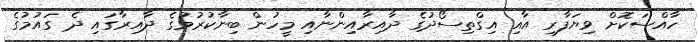
ހާއްސަކޮށް ވިޔަފާރި އާއި އިގްތިސޯދުގެ ދާއިރާއިންނާއި މީހުން ބިނާކުރުމުގެ ދާއިރާގައި ދެ ގައުމުގެ